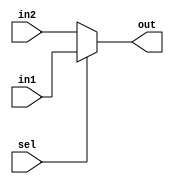
`timescale 1ns / 1ps
//////////////////////////////////////////////////////////////////////////////////
// Company: 
// Engineer: 
// 
// Design Name: 
// Module Name: mux_2x1
// Project Name: 
// Target Devices: 
// Tool Versions: 
// Description: 
// 
// Dependencies: 
// 
// Revision:
// Revision 0.01 - File Created
// Additional Comments:
// 
//////////////////////////////////////////////////////////////////////////////////


module mux_2x1(
    input [127:0] in1,
    input [127:0] in2,
    input sel,
    output [127:0] out
    );
    
    assign out = (sel)?(in1):(in2);
    
endmodule